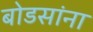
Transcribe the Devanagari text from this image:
बोडसांना